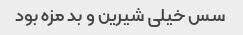
سس خیلی شیرین و بد مزه بود